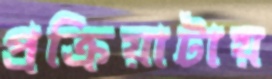
প্রক্রিয়াটায়